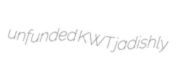
unfunded KWT jadishly